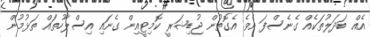
އެއް ބަދަލުތަކެއް ގެނެސްފަ އެވެ. އެގޮތުން ޖުޑިޝަރީ ކޮމިޓީއިން ގެނައި އިސްލާހުތައް ތަޅުމުން